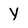
Character: Y